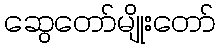
ဆွေတော်မျိုးတော်